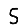
Digit: 5